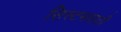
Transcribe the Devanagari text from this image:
सिस्टमसाठी